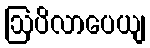
ဩပိလာပေယျ